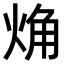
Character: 𧣌